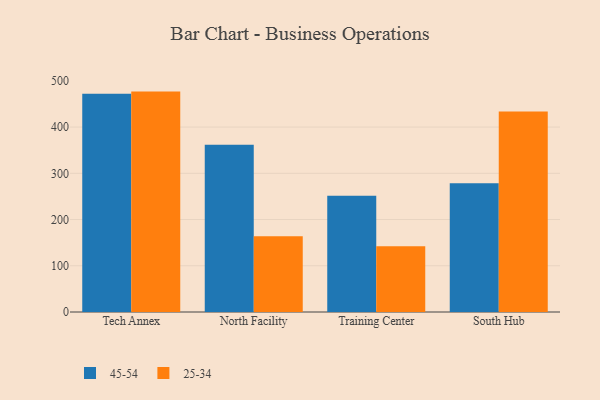
{"axis": {"x": "Campus", "y": "Satisfaction Score"}, "legend": ["25-34", "45-54"], "data": [{"x": "Tech Annex", "y": 472.2, "type": "45-54"}, {"x": "Tech Annex", "y": 476.7, "type": "25-34"}, {"x": "North Facility", "y": 362.0, "type": "45-54"}, {"x": "North Facility", "y": 163.6, "type": "25-34"}, {"x": "Training Center", "y": 251.5, "type": "45-54"}, {"x": "Training Center", "y": 142.2, "type": "25-34"}, {"x": "South Hub", "y": 278.5, "type": "45-54"}, {"x": "South Hub", "y": 433.5, "type": "25-34"}]}